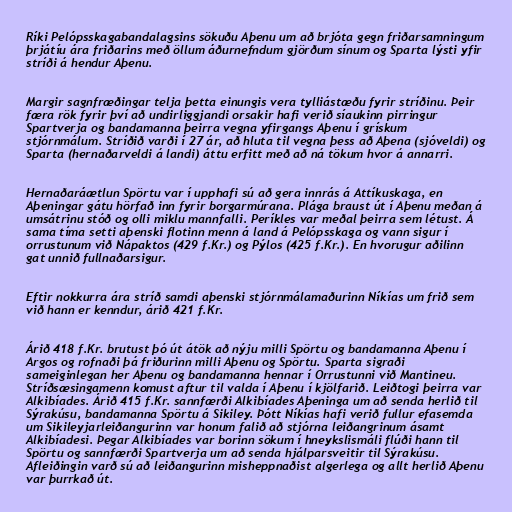
Ríki Pelópsskagabandalagsins sökuðu Aþenu um að brjóta gegn friðarsamningum
þrjátíu ára friðarins með öllum áðurnefndum gjörðum sínum og Sparta lýsti yfir
stríði á hendur Aþenu.

Margir sagnfræðingar telja þetta einungis vera tylliástæðu fyrir stríðinu. Þeir
færa rök fyrir því að undirliggjandi orsakir hafi verið síaukinn pirringur
Spartverja og bandamanna þeirra vegna yfirgangs Aþenu í grískum
stjórnmálum. Stríðið varði í 27 ár, að hluta til vegna þess að Aþena (sjóveldi) og
Sparta (hernaðarveldi á landi) áttu erfitt með að ná tökum hvor á annarri.

Hernaðaráætlun Spörtu var í upphafi sú að gera innrás á Attíkuskaga, en
Aþeningar gátu hörfað inn fyrir borgarmúrana. Plága braust út í Aþenu meðan á
umsátrinu stóð og olli miklu mannfalli. Períkles var meðal þeirra sem létust. Á
sama tíma setti aþenski flotinn menn á land á Pelópsskaga og vann sigur í
orrustunum við Nápaktos (429 f.Kr.) og Pýlos (425 f.Kr.). En hvorugur aðilinn
gat unnið fullnaðarsigur.

Eftir nokkurra ára stríð samdi aþenski stjórnmálamaðurinn Níkías um frið sem
við hann er kenndur, árið 421 f.Kr.

Árið 418 f.Kr. brutust þó út átök að nýju milli Spörtu og bandamanna Aþenu í
Argos og rofnaði þá friðurinn milli Aþenu og Spörtu. Sparta sigraði
sameiginlegan her Aþenu og bandamanna hennar í Orrustunni við Mantineu.
Stríðsæsingamenn komust aftur til valda í Aþenu í kjölfarið. Leiðtogi þeirra var
Alkibíades. Árið 415 f.Kr. sannfærði Alkibíades Aþeninga um að senda herlið til
Sýrakúsu, bandamanna Spörtu á Sikiley. Þótt Níkías hafi verið fullur efasemda
um Sikileyjarleiðangurinn var honum falið að stjórna leiðangrinum ásamt
Alkibíadesi. Þegar Alkibíades var borinn sökum í hneykslismáli flúði hann til
Spörtu og sannfærði Spartverja um að senda hjálparsveitir til Sýrakúsu.
Afleiðingin varð sú að leiðangurinn misheppnaðist algerlega og allt herlið Aþenu
var þurrkað út.